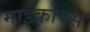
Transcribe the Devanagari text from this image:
माइकोक्स